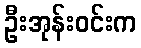
ဦးအုန်းဝင်းက